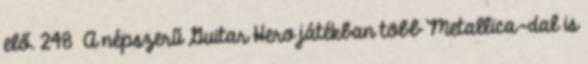
elő. 248 A népszerű Guitar Hero játékban több Metallica-dal is